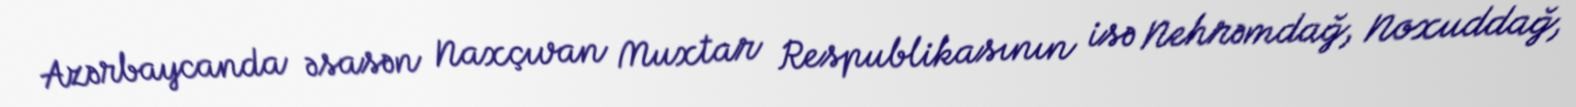
Azərbaycanda əsasən Naxçıvan Muxtar Respublikasının isə Nehrəmdağ, Noxuddağ,